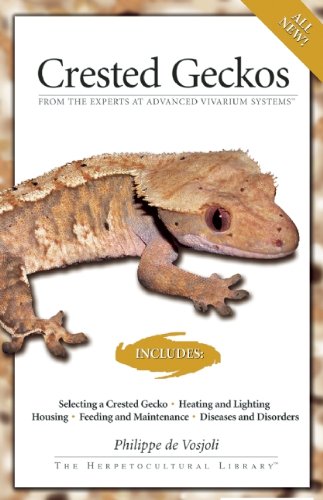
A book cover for Crested Geckos; Philippe De Vosjoil; Crafts, Hobbies & Home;